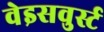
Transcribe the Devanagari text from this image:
वेइसवुर्स्ट